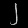
Digit: ၂